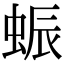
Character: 蜄